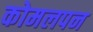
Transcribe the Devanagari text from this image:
कोमलपन